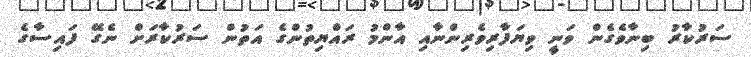
ސަރުކާރު ބިނާވެގެން ވަނީ ވިޔަފާރިވެރިންނާއި އާންމު ރައްޔިތުންގެ އަތުން ސަރުކާރަށް ނެގޭ ފައިސާގެ